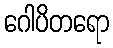
ဂေါပိတရော